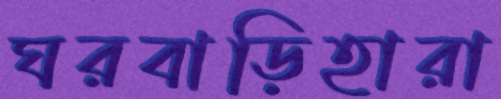
ঘরবাড়িহারা